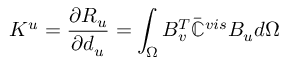
K ^ { u } = \frac { \partial R _ { u } } { \partial d _ { u } } = \int _ { \Omega } B _ { v } ^ { T } \bar { \mathbb { C } } ^ { v i s } B _ { u } d \Omega